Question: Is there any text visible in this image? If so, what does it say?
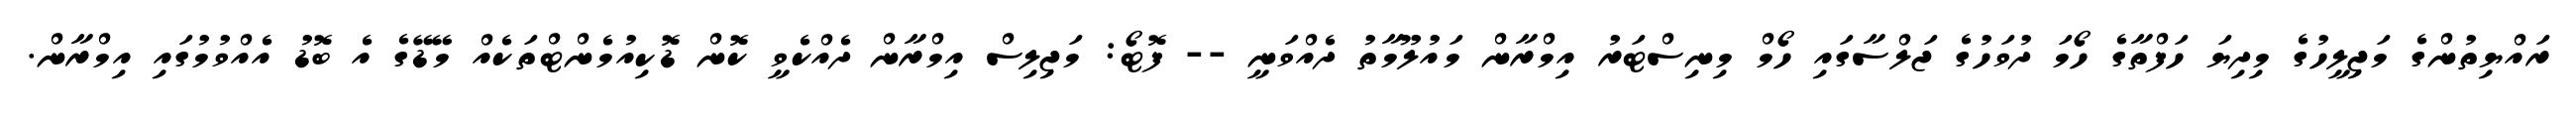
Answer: ރައްޔިތުންގެ މަޖިލީހުގެ މިދިޔަ ހަފްތާގެ ހޯމަ ދުވަހުގެ ޖަލްސާގައި ހޯމް މިނިސްޓަރު އިމްރާން މައުލޫމާތު ދެއްވަނީ -- ފޮޓޯ: މަޖިލިސް އިމްރާން ދެއްކެވީ ކޮން ޑޮކިއުމެންޓްތަކެއް މޭޑޭގެ އެ ބޮޑު އެއްވުމުގައި އިމްރާން.